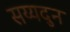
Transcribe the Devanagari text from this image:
सय्यदुन